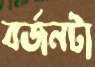
বর্জনটা